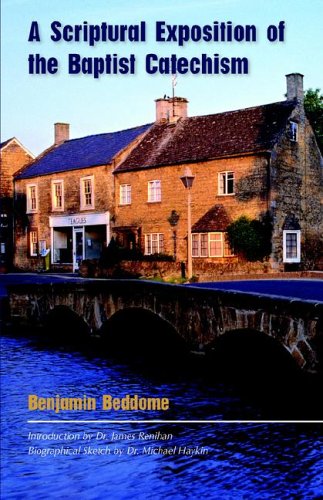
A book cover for A Scriptural Exposition of the Baptist Catechism; Benjamin Beddome; Christian Books & Bibles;